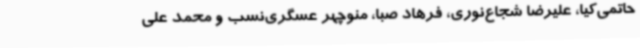
حاتمی‌کیا، علیرضا شجاع‌نوری، فرهاد صبا، منوچهر عسگری‌نسب و محمد علی